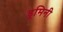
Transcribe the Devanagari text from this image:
डूमिनी